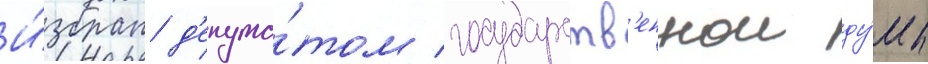
И́збран д'епута́том государств'еннои ду́мы